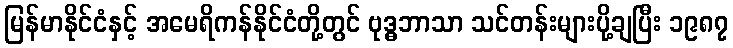
မြန်မာနိုင်ငံနှင့် အမေရိကန်နိုင်ငံတို့တွင် ဗုဒ္ဓဘာသာ သင်တန်းများပို့ချပြီး ၁၉၈၇